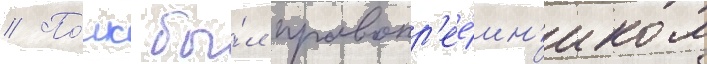
// По́лк бы́л правопр'ее́мн'иком